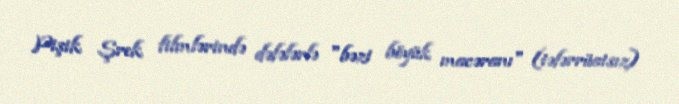
Pişik Şrek filmlərində dəfələrlə "bəzi böyük macəranı" (təfərrüatsız)